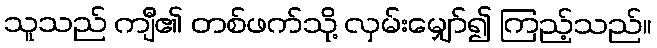
သူသည် ကျီ၏ တစ်ဖက်သို့ လှမ်းမျှော်၍ ကြည့်သည်။